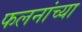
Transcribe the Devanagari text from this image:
फलनांच्या